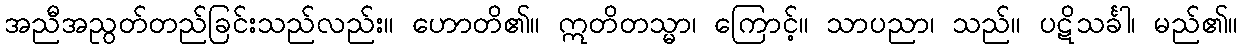
အညီအညွတ်တည်ခြင်းသည်လည်း။ ဟောတိ၏။ ဣတိတသ္မာ၊ ကြောင့်။ သာပညာ၊ သည်။ ပဋိသင်္ခါ၊ မည်၏။